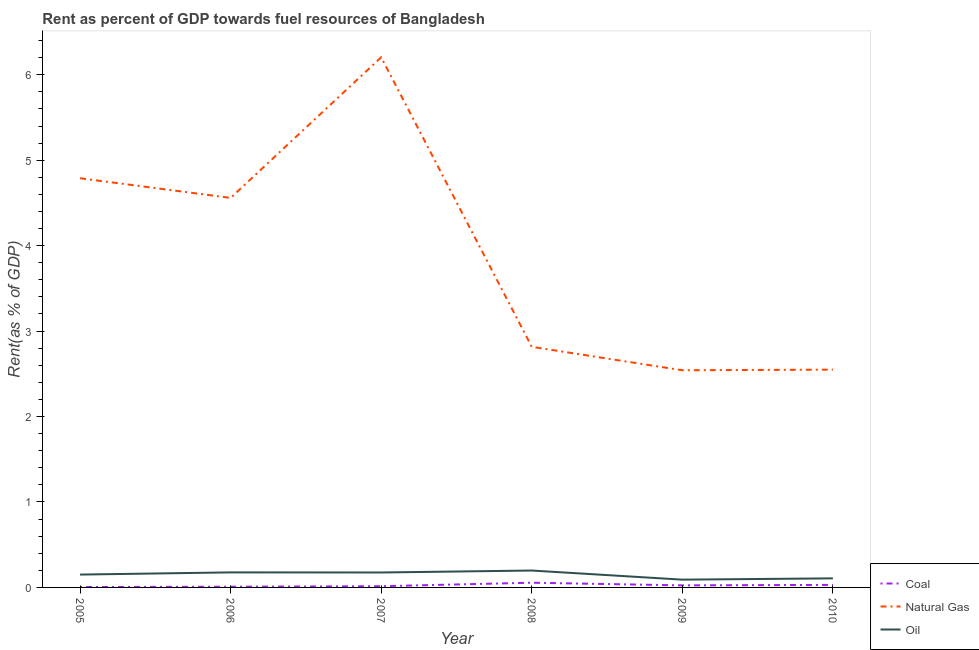
| Year | Coal | Natural Gas | Oil |
 | --- | --- | --- | --- |
 | 2005 | 0.00454 | 4.79 | 0.15 |
 | 2006 | 0.00823 | 4.56 | 0.176 |
 | 2007 | 0.0141 | 6.2 | 0.175 |
 | 2008 | 0.0552 | 2.82 | 0.198 |
 | 2009 | 0.024 | 2.54 | 0.091 |
 | 2010 | 0.0296 | 2.55 | 0.106 |